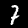
Label: 7